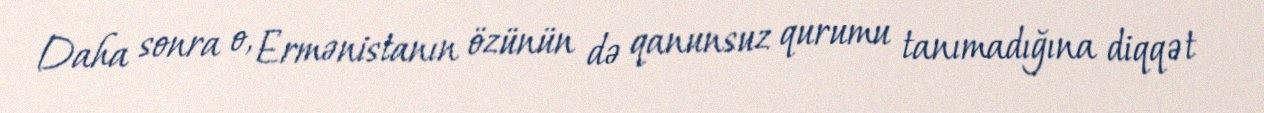
Daha sonra o, Ermənistanın özünün də qanunsuz qurumu tanımadığına diqqət